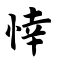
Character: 悻